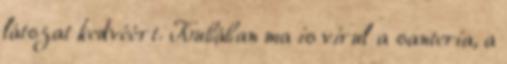
látszat kedvéért. Kubában ma is virul a santería, a